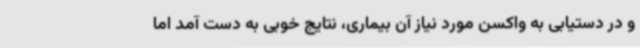
و در دستیابی به واکسن مورد نیاز آن بیماری، نتایج خوبی به دست آمد اما